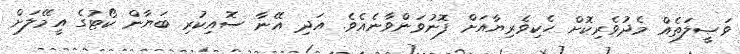
ވަޞީލަތެއް މެދުވެރިކޮށް ހެކިވެރިޔާއަށް ފޮނުވަންވާނެއެވެ. އަދި އޭނާ ސޮއިކުރި ބަޔާން ކޯޓުގެ އީމޭލަށް